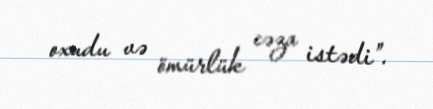
oxudu və ömürlük cəza istədi”.